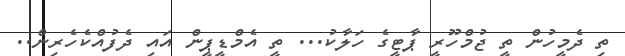
ތި ދެމީހުން ތީ ޖުމްހޫރީ ޕާޓީގެ ހަލާކު... ތީ އެމްޑީޕީން އައި ދެފުއްކެހެރިން..